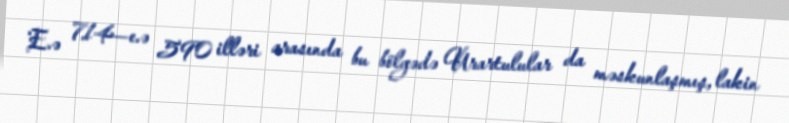
E.ə 714—e.ə 590 illəri arasında bu bölgədə Urartulular da məskunlaşmış, lakin